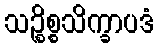
သဉ္စိစ္စသိက္ခာပဒံ